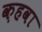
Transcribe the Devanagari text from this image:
क़हवा